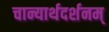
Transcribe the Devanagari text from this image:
चान्यार्थदर्शनम्